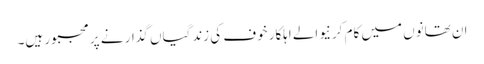
ان تھانوں میں کام کرنیوالے اہلکار خوف کی زندگیاں گذار نے پر مجبور ہیں۔